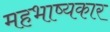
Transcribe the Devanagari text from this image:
महभाष्यकार